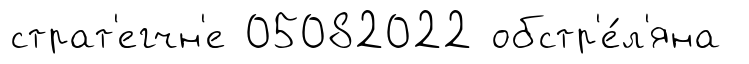
страт'егчн'е 05082022 обстр'е́л'яна